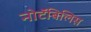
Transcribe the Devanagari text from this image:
नोटॅबिलिस